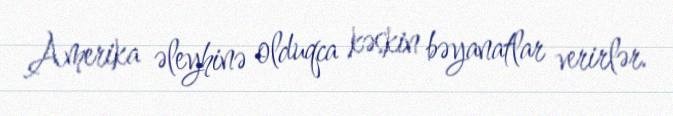
Amerika əleyhinə olduqca kəskin bəyanatlar verirlər.